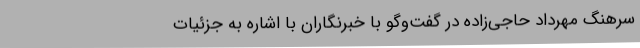
سرهنگ مهرداد حاجی‌زاده در گفت‌وگو با خبرنگاران‌ با اشاره به جزئیات